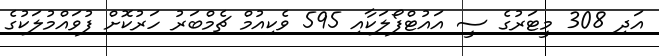
އަދި 308 މީޓަރުގެ ސީ އައުޓްފޯލަކާއި 595 ވެކިއުމް ޗެމްބަރު ހަރުކޮށް ފުވައްމުލަކުގެ